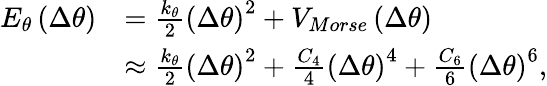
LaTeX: \begin{array}{rl}{{{E}_{\theta}}\left(\Delta\theta\right)}&{=\frac{{k}_{\theta}}{2}{{\left(\Delta\theta\right)}^{2}}+{{V}_{Morse}}\left(\Delta\theta\right)}\\ &{\approx\frac{{k}_{\theta}}{2}{{\left(\Delta\theta\right)}^{2}}+\frac{{{C}_{4}}}{4}{{\left(\Delta\theta\right)}^{4}}+\frac{{{C}_{6}}}{6}{{\left(\Delta\theta\right)}^{6}},}\end{array}